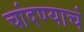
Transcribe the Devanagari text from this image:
चांदण्याचं